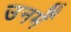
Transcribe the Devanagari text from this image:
उनमेँ